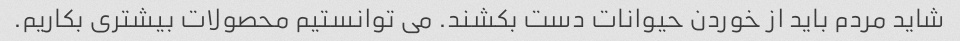
شاید مردم باید از خوردن حیوانات دست بکشند. می توانستیم محصولات بیشتری بکاریم.